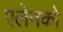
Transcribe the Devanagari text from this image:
एलेनको